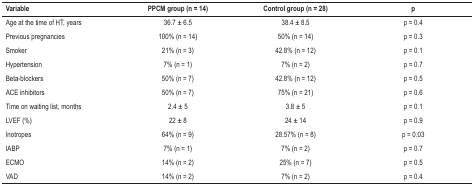
<table><thead><tr><td><b>Variable</b></td><td><b>PPCM group (n = 14)</b></td><td><b>Control group (n = 28)</b></td><td><b>p</b></td></tr></thead><tbody><tr><td>Age at the time of HT, years</td><td>36.7 ± 6.5</td><td>38.4 ± 8.5</td><td>p = 0.4</td></tr><tr><td>Previous pregnancies</td><td>100% (n = 14)</td><td>50% (n = 14)</td><td>p = 0.3</td></tr><tr><td>Smoker</td><td>21% (n = 3)</td><td>42.8% (n = 12)</td><td>p = 0.1</td></tr><tr><td>Hypertension</td><td>7% (n = 1)</td><td>7% (n = 2)</td><td>p = 0.7</td></tr><tr><td>Beta-blockers</td><td>50% (n = 7)</td><td>42.8% (n = 12)</td><td>p = 0.5</td></tr><tr><td>ACE inhibitors</td><td>50% (n = 7)</td><td>75% (n = 21)</td><td>p = 0.6</td></tr><tr><td>Time on waiting list, months</td><td>2.4 ± 5</td><td>3.8 ± 5</td><td>p = 0.1</td></tr><tr><td>LVEF (%)</td><td>22 ± 8</td><td>24 ± 14</td><td>p = 0.9</td></tr><tr><td>Inotropes</td><td>64% (n = 9)</td><td>28.57% (n = 8)</td><td>p = 0.03</td></tr><tr><td>IABP</td><td>7% (n = 1)</td><td>7% (n = 2)</td><td>p = 0.7</td></tr><tr><td>ECMO</td><td>14% (n = 2)</td><td>25% (n = 7)</td><td>p = 0.5</td></tr><tr><td>VAD</td><td>14% (n = 2)</td><td>7% (n = 2)</td><td>p = 0.4</td></tr></tbody></table>